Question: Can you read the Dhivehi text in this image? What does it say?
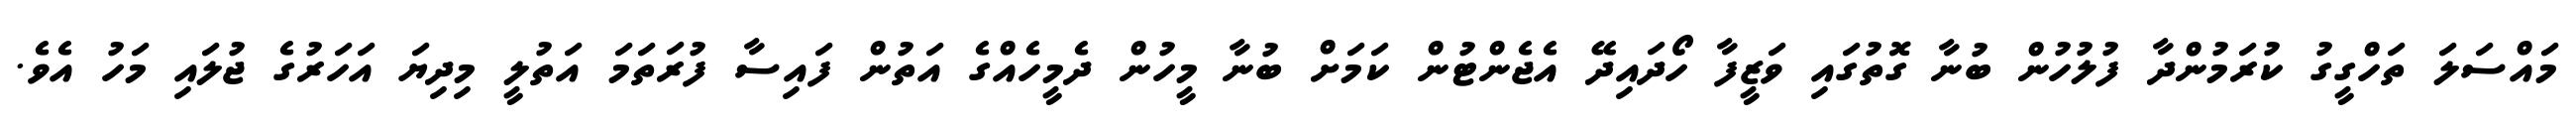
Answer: މައްސަލަ ތަހްގީގު ކުރަމުންދާ ފުލުހުން ބުނާ ގޮތުގައި ވަޒީފާ ހޯދައިދޭ އެޖެންޓުން ކަމަށް ބުނާ މީހުން ދެމީހެއްގެ އަތުން ފައިސާ ފުރަތަމަ އަތުލީ މިދިޔަ އަހަރުގެ ޖުލައި މަހު އެވެ.